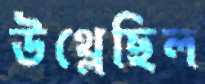
উথ্‌লেছিল